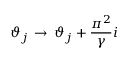
\vartheta _ { j } \, \rightarrow \, \vartheta _ { j } + \displaystyle \frac { \pi ^ { 2 } } { \gamma } i